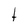
Character: t